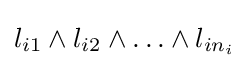
l_{i1}\land l_{i2}\land \ldots \land l_{in_{i}}